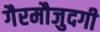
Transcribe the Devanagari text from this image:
गैरमौजुदगी